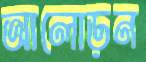
আলোড়ন